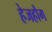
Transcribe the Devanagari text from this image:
हेजहौग